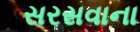
સરસવાના